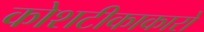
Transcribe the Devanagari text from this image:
कोशटीकाकारों